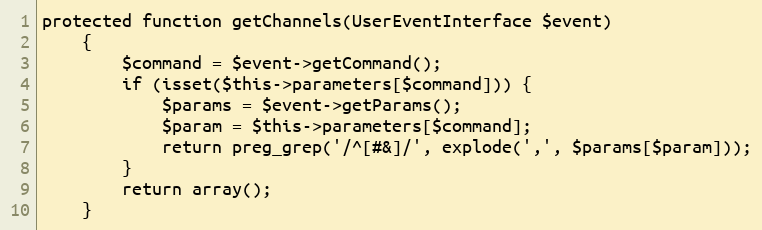
Language: PHP
protected function getChannels(UserEventInterface $event)
    {
        $command = $event->getCommand();
        if (isset($this->parameters[$command])) {
            $params = $event->getParams();
            $param = $this->parameters[$command];
            return preg_grep('/^[#&]/', explode(',', $params[$param]));
        }
        return array();
    }